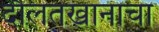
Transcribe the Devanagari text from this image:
दौलतखानाचा